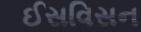
ઈસવિસન